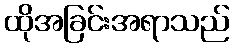
ထိုအခြင်းအရာသည်